Civil Veterinary Dept. Bombay admin report 1923-31 - 1923-1931
Year: 1923
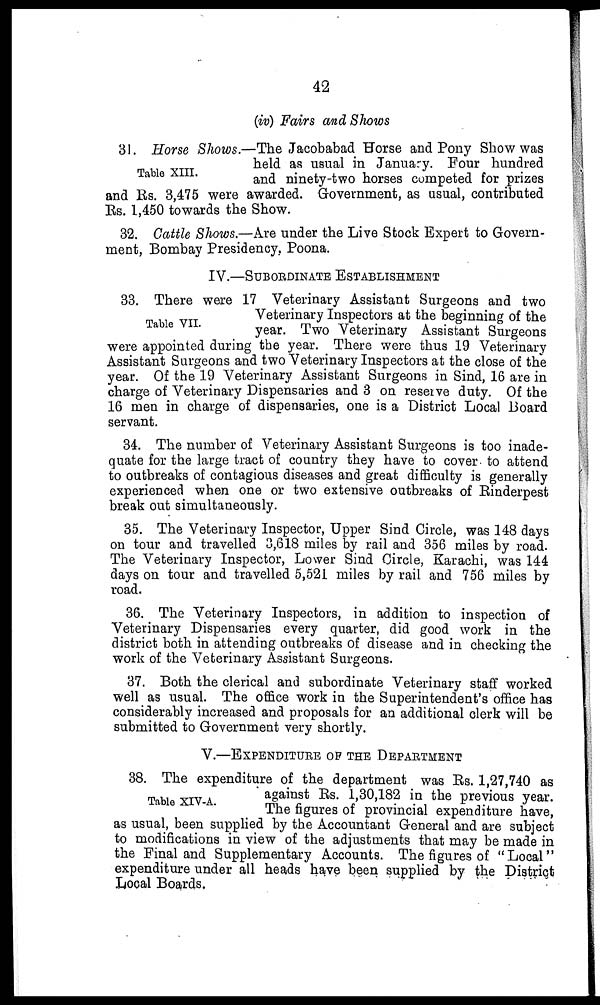
42
(iv) Fairs and Shows
Table XIII.
31. Horse Shows.—The Jacobabad Horse and Pony Show was
held as usual in January. Four hundred
and ninety-two horses competed for prizes
and Rs. 3,475 were awarded. Government, as usual, contributed
Rs. 1,450 towards the Show.
32. Cattle Shows.—Are under the Live Stock Expert to Govern-
ment, Bombay Presidency. Poona.
IV.—SUBORDINATE ESTABLISHMENT
Table VII.
33. There were 17 Veterinary Assistant Surgeons and two
Veterinary Inspectors at the beginning of the
year. Two Veterinary Assistant Surgeons
were appointed during the year. There were thus 19 Veterinary
Assistant Surgeons and two Veterinary Inspectors at the close of the
year. Of the 19 Veterinary Assistant Surgeons in Sind, 16 are in
charge of Veterinary Dispensaries and 3 on reserve duty. Of the
16 men in charge of dispensaries, one is a District Local Board
servant.
34. The number of Veterinary Assistant Surgeons is too inade-
quate for the large tract of country they have to cover to attend
to outbreaks of contagious diseases and great difficulty is generally
experienced when one or two extensive outbreaks of Rinderpest
break out simultaneously.
35. The Veterinary Inspector, Upper Sind Circle, was 148 days
on tour and travelled 3,618 miles by rail and 356 miles by road.
The Veterinary Inspector, Lower Sind Circle, Karachi, was 144
days on tour and travelled 5,521 miles by rail and 756 miles by
road.
36. The Veterinary Inspectors, in addition to inspection of
Veterinary Dispensaries every quarter, did good work in the
district both in attending outbreaks of disease and in checking the
work of the Veterinary Assistant Surgeons.
37. Both the clerical and subordinate Veterinary staff worked
well as usual. The office work in the Superintendent's office has
considerably increased and proposals for an additional clerk will be
submitted to Government very shortly.
V.—EXPENDITURE OF THE DEPARTMENT
Table XIV-A.
38. The expenditure of the department was Rs. 1,27,740 as
against Rs. 1,30,182 in the previous year.
The figures of provincial expenditure have,
as usual, been supplied by the Accountant General and are subject
to modifications in view of the adjustments that may be made in
the Final and Supplementary Accounts. The figures of "Local"
expenditure under all heads have been supplied by the District
Local Boards.